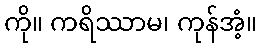
ကို။ ကရိဿာမ၊ ကုန်အံ့။